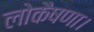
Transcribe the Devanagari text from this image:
लोकैषणा।